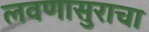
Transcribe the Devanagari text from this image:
लवणासुराचा